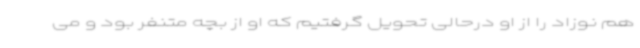
هم نوزاد را از او درحالی تحویل گرفتیم که او از بچه متنفر بود و می